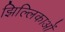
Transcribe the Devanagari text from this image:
झिल्लिकाओं